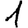
Digit: 1